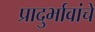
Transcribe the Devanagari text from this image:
प्रादुर्भावांचे